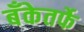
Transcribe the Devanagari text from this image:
बँकेतर्फे